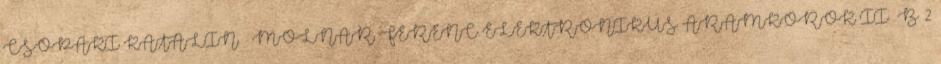
CSOPAKI KATALIN – MOLNÁR FERENC ELEKTRONIKUS ÁRAMKÖRÖK II B. 2